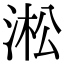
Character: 淞